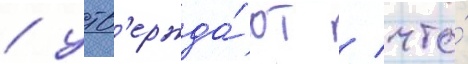
/ утв'ержда́ют / что́